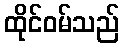
ထိုင်ဝမ်သည်